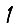
Digit: 1